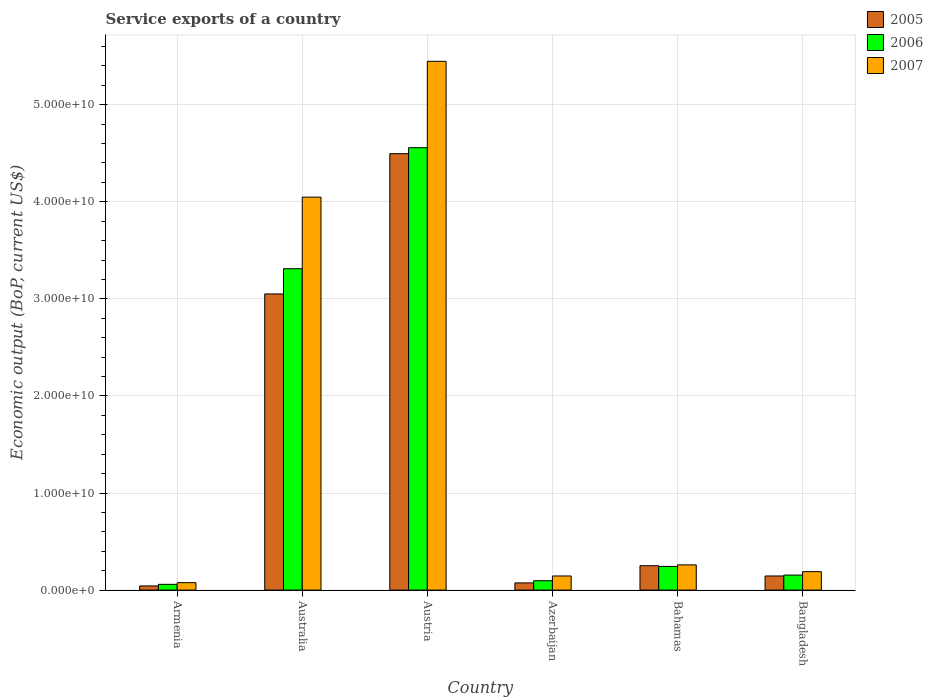
| Country | 2005 | 2006 | 2007 |
 | --- | --- | --- | --- |
 | Armenia | 4.3e+08 | 5.94e+08 | 7.64e+08 |
 | Australia | 3.05e+10 | 3.31e+10 | 4.05e+10 |
 | Austria | 4.5e+10 | 4.56e+10 | 5.45e+10 |
 | Azerbaijan | 7.41e+08 | 9.65e+08 | 1.46e+09 |
 | Bahamas | 2.51e+09 | 2.44e+09 | 2.6e+09 |
 | Bangladesh | 1.45e+09 | 1.55e+09 | 1.9e+09 |